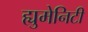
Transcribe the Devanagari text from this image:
ह्युमेनिटी